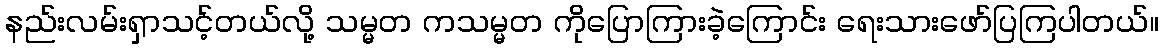
နည်းလမ်းရှာသင့်တယ်လို့ သမ္မတ ကသမ္မတ ကိုပြောကြားခဲ့ကြောင်း ရေးသားဖော်ပြကြပါတယ်။